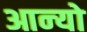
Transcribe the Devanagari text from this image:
आन्‍यो